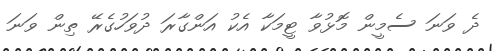
ދެ ވަނަ ސެމީން މޮޅުވާ ޓީމަކާ އެކު އަންގާރަ ދުވަހުގެރޭ ތިން ވަނަ